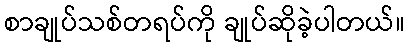
စာချုပ်သစ်တရပ်ကို ချုပ်ဆိုခဲ့ပါတယ်။